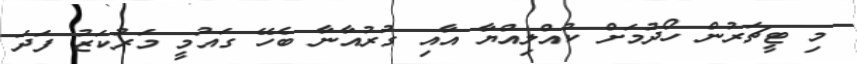
މި ޓީޗަރުން ހޯދުމަށް ކުއްލިއްޔާ އާއި ގުރުއާނާ ބެހޭ ގައުމީ މަރުކަޒު ފަދަ